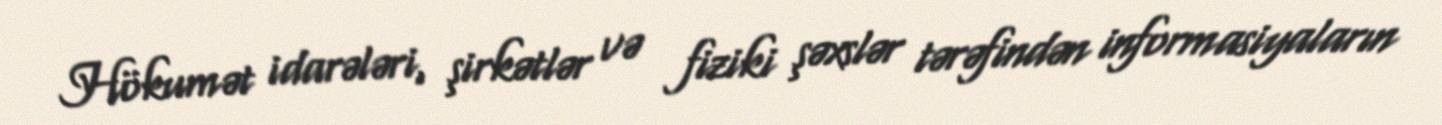
Hökumət idarələri, şirkətlər və fiziki şəxslər tərəfindən informasiyaların